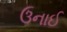
ઉનાઈ